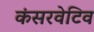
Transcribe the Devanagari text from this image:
कंसरवेटिव